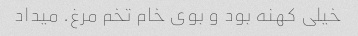
خیلی کهنه بود و بوی خام تخم مرغ. میداد